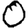
Digit: 0